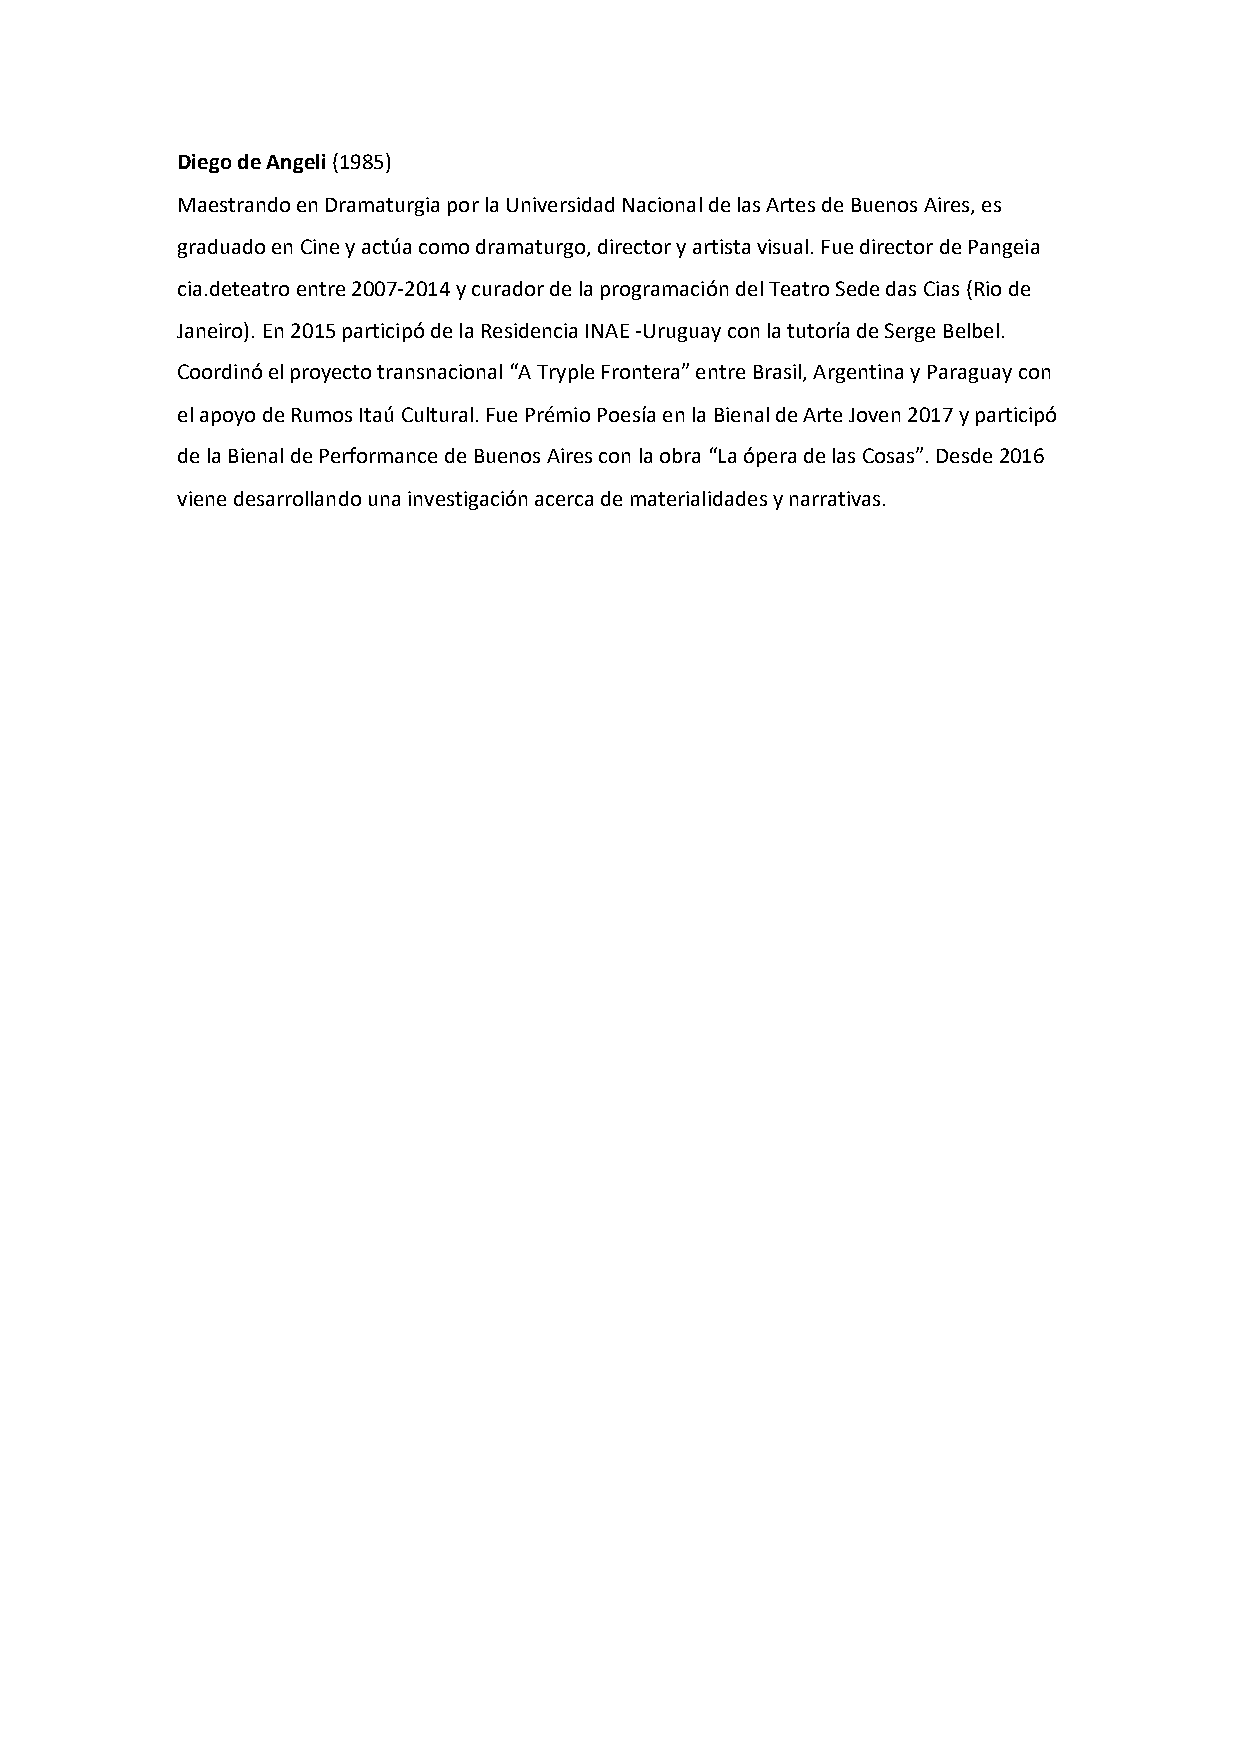
Diego de Angeli (1985)
 Maestrando en Dramaturgia por la Universidad Nacional de las Artes de Buenos Aires, es
 graduado en Cine y actúa como dramaturgo, director y artista visual. Fue director de Pangeia
 cia.deteatro entre 2007-2014 y curador de la programación del Teatro Sede das Cias (Rio de
 Janeiro). En 2015 participó de la Residencia INAE -Uruguay con la tutoría de Serge Belbel.
 Coordinó el proyecto transnacional “A Tryple Frontera” entre Brasil, Argentina y Paraguay con
 el apoyo de Rumos Itaú Cultural. Fue Prémio Poesía en la Bienal de Arte Joven 2017 y participó
 de la Bienal de Performance de Buenos Aires con la obra “La ópera de las Cosas”. Desde 2016
 viene desarrollando una investigación acerca de materialidades y narrativas.